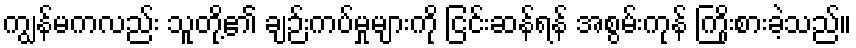
ကျွန်မကလည်း သူတို့၏ ချဉ်းကပ်မှုများကို ငြင်းဆန်ရန် အစွမ်းကုန် ကြိုးစားခဲ့သည်။